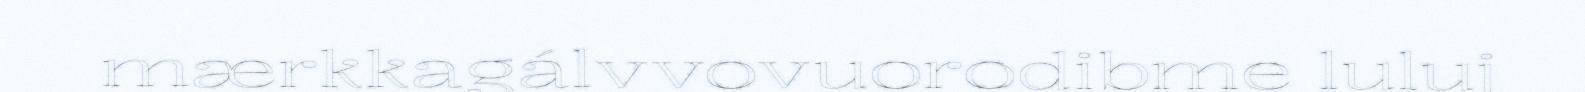
mærkkagálvvovuorodibme luluj